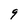
Character: 9